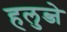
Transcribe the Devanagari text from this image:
हलुब्जे